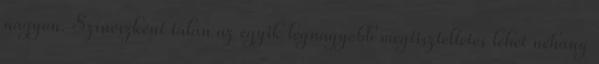
nagyon. Színészként talán az egyik legnagyobb megtiszteltetés lehet néhány